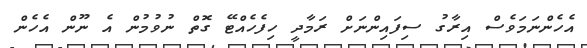
އެހެންނަމަވެސް އިރާގު ސިފައިންނަށް ރަމާދީ ހިފެހެއްޓޭ ގޮތް ނުވުމުން އެ ނޫން އެހެން